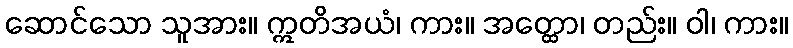
ဆောင်သော သူအား။ ဣတိအယံ၊ ကား။ အတ္ထော၊ တည်း။ ဝါ၊ ကား။